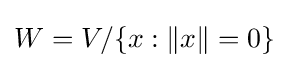
W=V/\{x:\|x\|=0\}